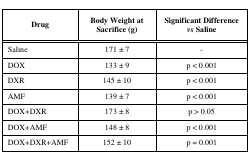
<table><thead><tr><td><b>Drug</b></td><td><b>Body Weight at Sacrifice (g)</b></td><td><b>Significant Difference <i>vs</i> Saline</b></td></tr></thead><tbody><tr><td>Saline</td><td>171 ± 7</td><td>-</td></tr><tr><td>DOX</td><td>133 ± 9</td><td>p &lt; 0.001</td></tr><tr><td>DXR</td><td>145 ± 10</td><td>p &lt; 0.001</td></tr><tr><td>AMF</td><td>139 ± 7</td><td>p &lt; 0.001</td></tr><tr><td>DOX+DXR</td><td>173 ± 8</td><td>p &gt; 0.05</td></tr><tr><td>DOX+AMF</td><td>148 ± 8</td><td>p &lt; 0.001</td></tr><tr><td>DOX+DXR+AMF</td><td>152 ± 10</td><td>p = 0.001</td></tr></tbody></table>